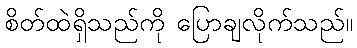
စိတ်ထဲရှိသည်ကို ပြောချလိုက်သည်။